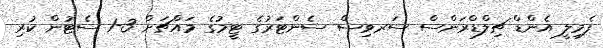
ފެމިލީ އެންޑް ޗިލްޑްރަންސް ސަރވިސް ސެންޓަރުގެ ޓީމުގެ މައްޗަށް 3-1 ސެޓުން ކުރި